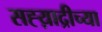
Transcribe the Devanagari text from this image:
सह्य़ाद्रीच्या